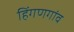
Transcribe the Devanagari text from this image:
हिंगणगांव